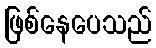
ဖြစ်နေပေသည်